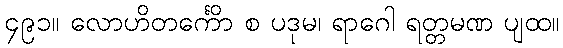
၄၉၁။ လောဟိတင်္ကော စ ပဒုမ၊ ရာဂေါ ရတ္တမဏိ ပျထ။